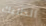
الداليك